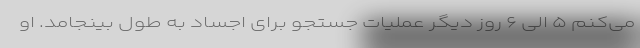
می‌کنم ۵ الی ۶ روز دیگر عملیات جستجو برای اجساد به طول بینجامد. او